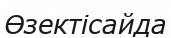
Өзектісайда